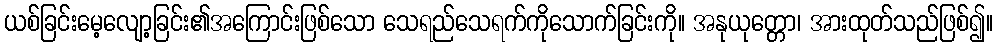
ယစ်ခြင်းမေ့လျော့ခြင်း၏အကြောင်းဖြစ်သော သေရည်သေရက်ကိုသောက်ခြင်းကို။ အနုယုတ္တော၊ အားထုတ်သည်ဖြစ်၍။